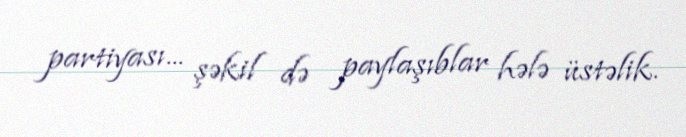
partiyası... şəkil də paylaşıblar hələ üstəlik.